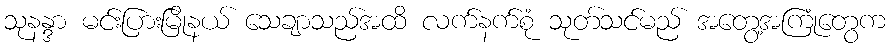
သုနန္ဒာ မင်းပြားမြိုနယ် သေချာသည်အထိ လက်နက်စုံ သုတ်သင်မည် အတွေ့အကြုံတွေက